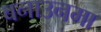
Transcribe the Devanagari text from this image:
बनाउनमा